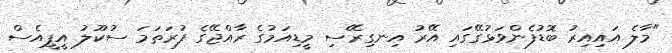
"މާލެ އައިއިރު ބޮޑުފެންވަޅުގޭގައި އޭރު އިނގިރޭސި މީޑިއަމުގެ ރާއްޖޭގެ ފުރަތަމަ ސުކޫލު އީޕީއެސް